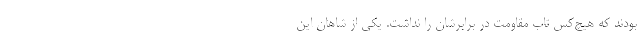
بودند که هیچ‌کس تاب مقاومت در برابرشان را نداشت. یکی از شاهان این